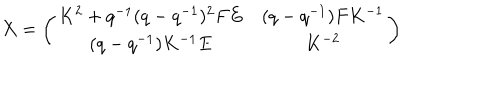
LaTeX: X = \left( \begin{array} { c c } { { K ^ { 2 } + q ^ { - 1 } ( q - q ^ { - 1 } ) ^ { 2 } F E } } & { { ( q - q ^ { - 1 } ) F K ^ { - 1 } } } \\ { { ( q - q ^ { - 1 } ) K ^ { - 1 } E } } & { { K ^ { - 2 } } } \\ \end{array} \right)